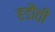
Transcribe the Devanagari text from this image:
हडौती